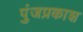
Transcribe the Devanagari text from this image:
पुंजप्रकाश